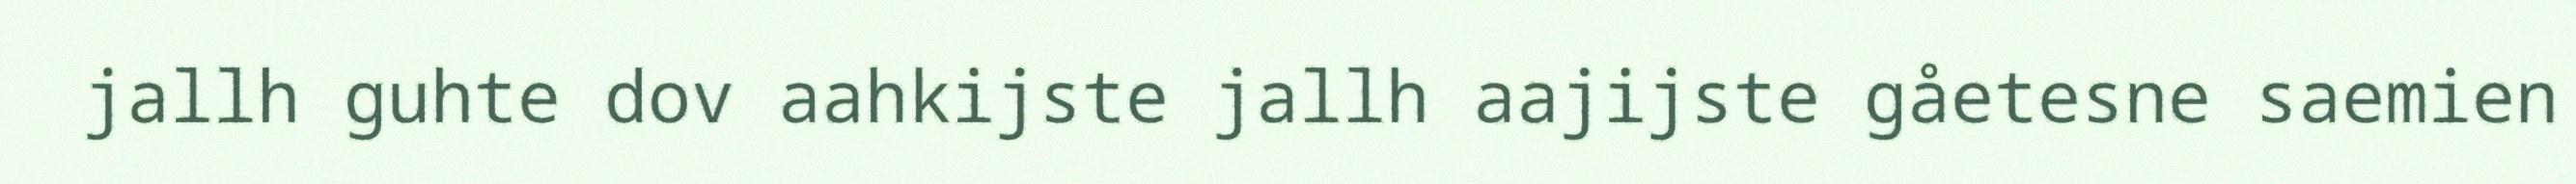
jallh guhte dov aahkijste jallh aajijste gåetesne saemien